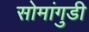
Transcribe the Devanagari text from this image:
सोमांगुडी